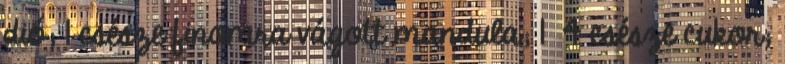
dió; 1 csésze finomra vágott mandula; 1 4 csésze cukor;